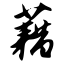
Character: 藕